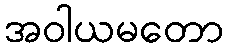
အဝါယမတော